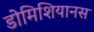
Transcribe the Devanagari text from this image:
डोमिशियानस